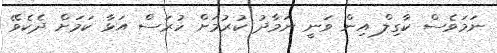
ނަމަވެސް ކާގިލް އިން ވަނީ ނަމާދު ކުރުމަށް ހުރަސް އަޅާ ކަމަށް ދެކެވޭ